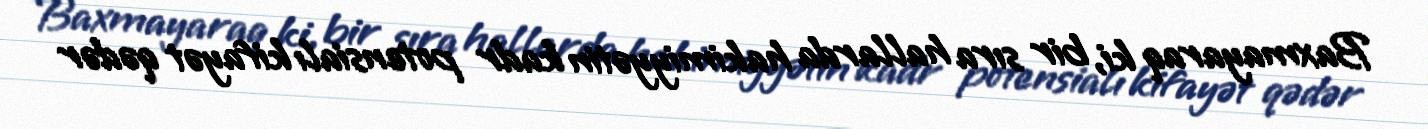
Baxmayaraq ki, bir sıra hallarda hakimiyyətin kadr potensialı kifayət qədər